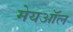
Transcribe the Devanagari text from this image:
मेयऑल